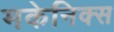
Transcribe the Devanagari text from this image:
मकेनिक्स